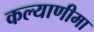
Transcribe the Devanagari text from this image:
कल्‍याणीमा